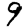
Digit: 9